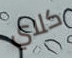
كلاي